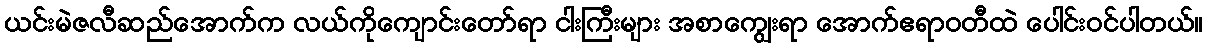
ယင်းမဲဇလီဆည်အောက်က လယ်ကိုကျောင်းတော်ရာ ငါးကြီးများ အစာကျွေးရာ အောက်ဧရာဝတီထဲ ပေါင်းဝင်ပါတယ်။